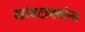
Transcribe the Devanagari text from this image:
खांबटाक्यांना